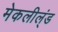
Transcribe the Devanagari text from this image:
मेकलील्ंड